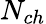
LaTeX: N_{ch}